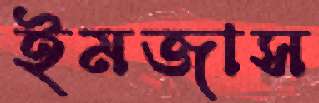
ইমজাস